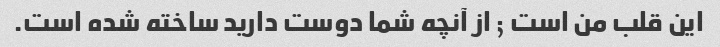
این قلب من است ; از آنچه شما دوست دارید ساخته شده است.